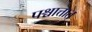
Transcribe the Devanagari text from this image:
पश्चात्तात्‌